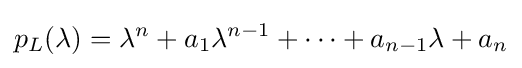
p_{L}(\lambda )=\lambda ^{n}+a_{1}\lambda ^{n-1}+\dotsb +a_{n-1}\lambda +a_{n}